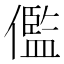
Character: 儖